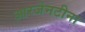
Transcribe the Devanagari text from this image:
आरजेनटीना